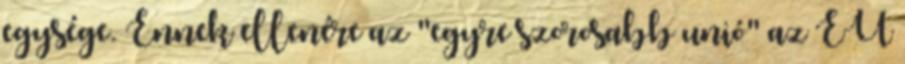
egysége. Ennek ellenére az "egyre szorosabb unió" az EU